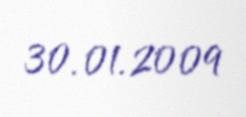
30.01.2009